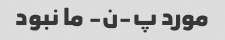
مورد پ-ن- ما نبود